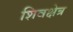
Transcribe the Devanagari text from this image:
शिवक्षेत्र